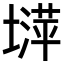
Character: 𡐵